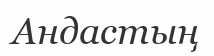
Андастың